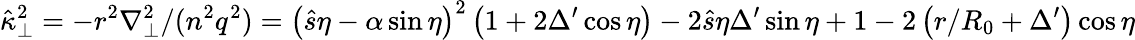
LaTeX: \hat{\kappa}_{\perp}^{2}=-r^{2}\nabla_{\perp}^{2}/(n^{2}q^{2})=\left(\hat{s}\eta-\alpha\sin\eta\right)^{2}\left(1+2\Delta^{\prime}\cos\eta\right)-2\hat{s}\eta\Delta^{\prime}\sin\eta+1-2\left(r/R_{0}+\Delta^{\prime}\right)\cos\eta